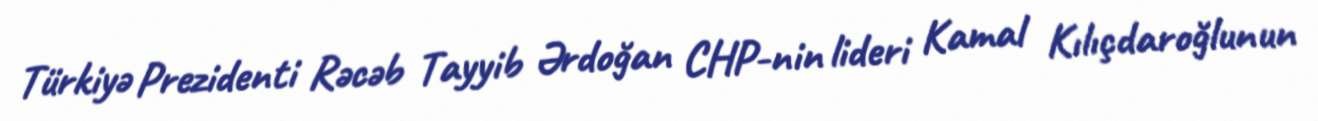
Türkiyə Prezidenti Rəcəb Tayyib Ərdoğan CHP-nin lideri Kamal Kılıçdaroğlunun